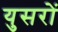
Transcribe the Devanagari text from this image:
युसरों